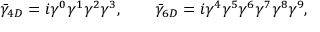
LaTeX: \bar { \gamma } _ { 4 D } = i \gamma ^ { 0 } \gamma ^ { 1 } \gamma ^ { 2 } \gamma ^ { 3 } , \qquad \bar { \gamma } _ { 6 D } = i \gamma ^ { 4 } \gamma ^ { 5 } \gamma ^ { 6 } \gamma ^ { 7 } \gamma ^ { 8 } \gamma ^ { 9 } ,